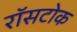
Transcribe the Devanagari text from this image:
रॉसटोक